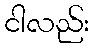
ငါလည်း